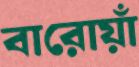
বারোয়াঁ